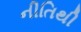
નીતિથી